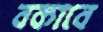
বকাবে